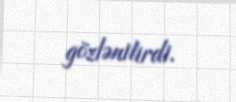
gözlənilirdi.